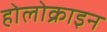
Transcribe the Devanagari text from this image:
होलोक्राइन